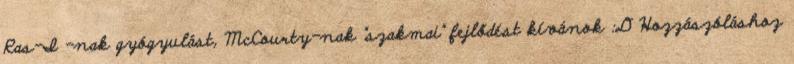
Ras-I -nak gyógyulást, McCourty-nak "szakmai" fejlődést kívánok :D Hozzászóláshoz